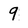
Character: 9